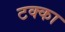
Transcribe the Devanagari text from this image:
टक्‍का